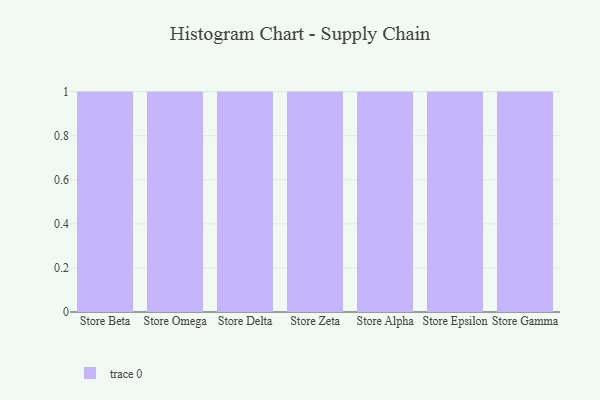
{"axis": {"x": "Store", "y": "Page Views"}, "legend": [""], "data": [{"x": "Store Beta", "y": 21, "type": ""}, {"x": "Store Omega", "y": 16, "type": ""}, {"x": "Store Delta", "y": 98, "type": ""}, {"x": "Store Zeta", "y": 21, "type": ""}, {"x": "Store Alpha", "y": 43, "type": ""}, {"x": "Store Epsilon", "y": 90, "type": ""}, {"x": "Store Gamma", "y": 77, "type": ""}]}